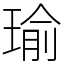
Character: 瑜